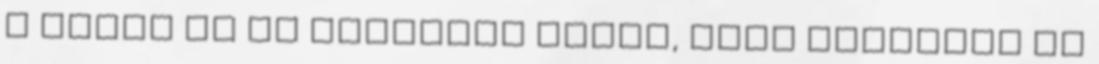
s utána el is nevettem magam, hisz ismertem őt